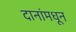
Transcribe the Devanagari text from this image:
दानांमधून